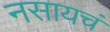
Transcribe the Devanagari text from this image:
नसायचं